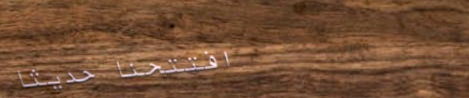
افتتحنا حديثاً